Bréfritari: Margrét Eiríksdóttir
Viðtakandi: Jón Borgfirðings Jónsson
Dagsetning: A-1890-01-12
Skrifað á: Lækjamóti  V-Hún.

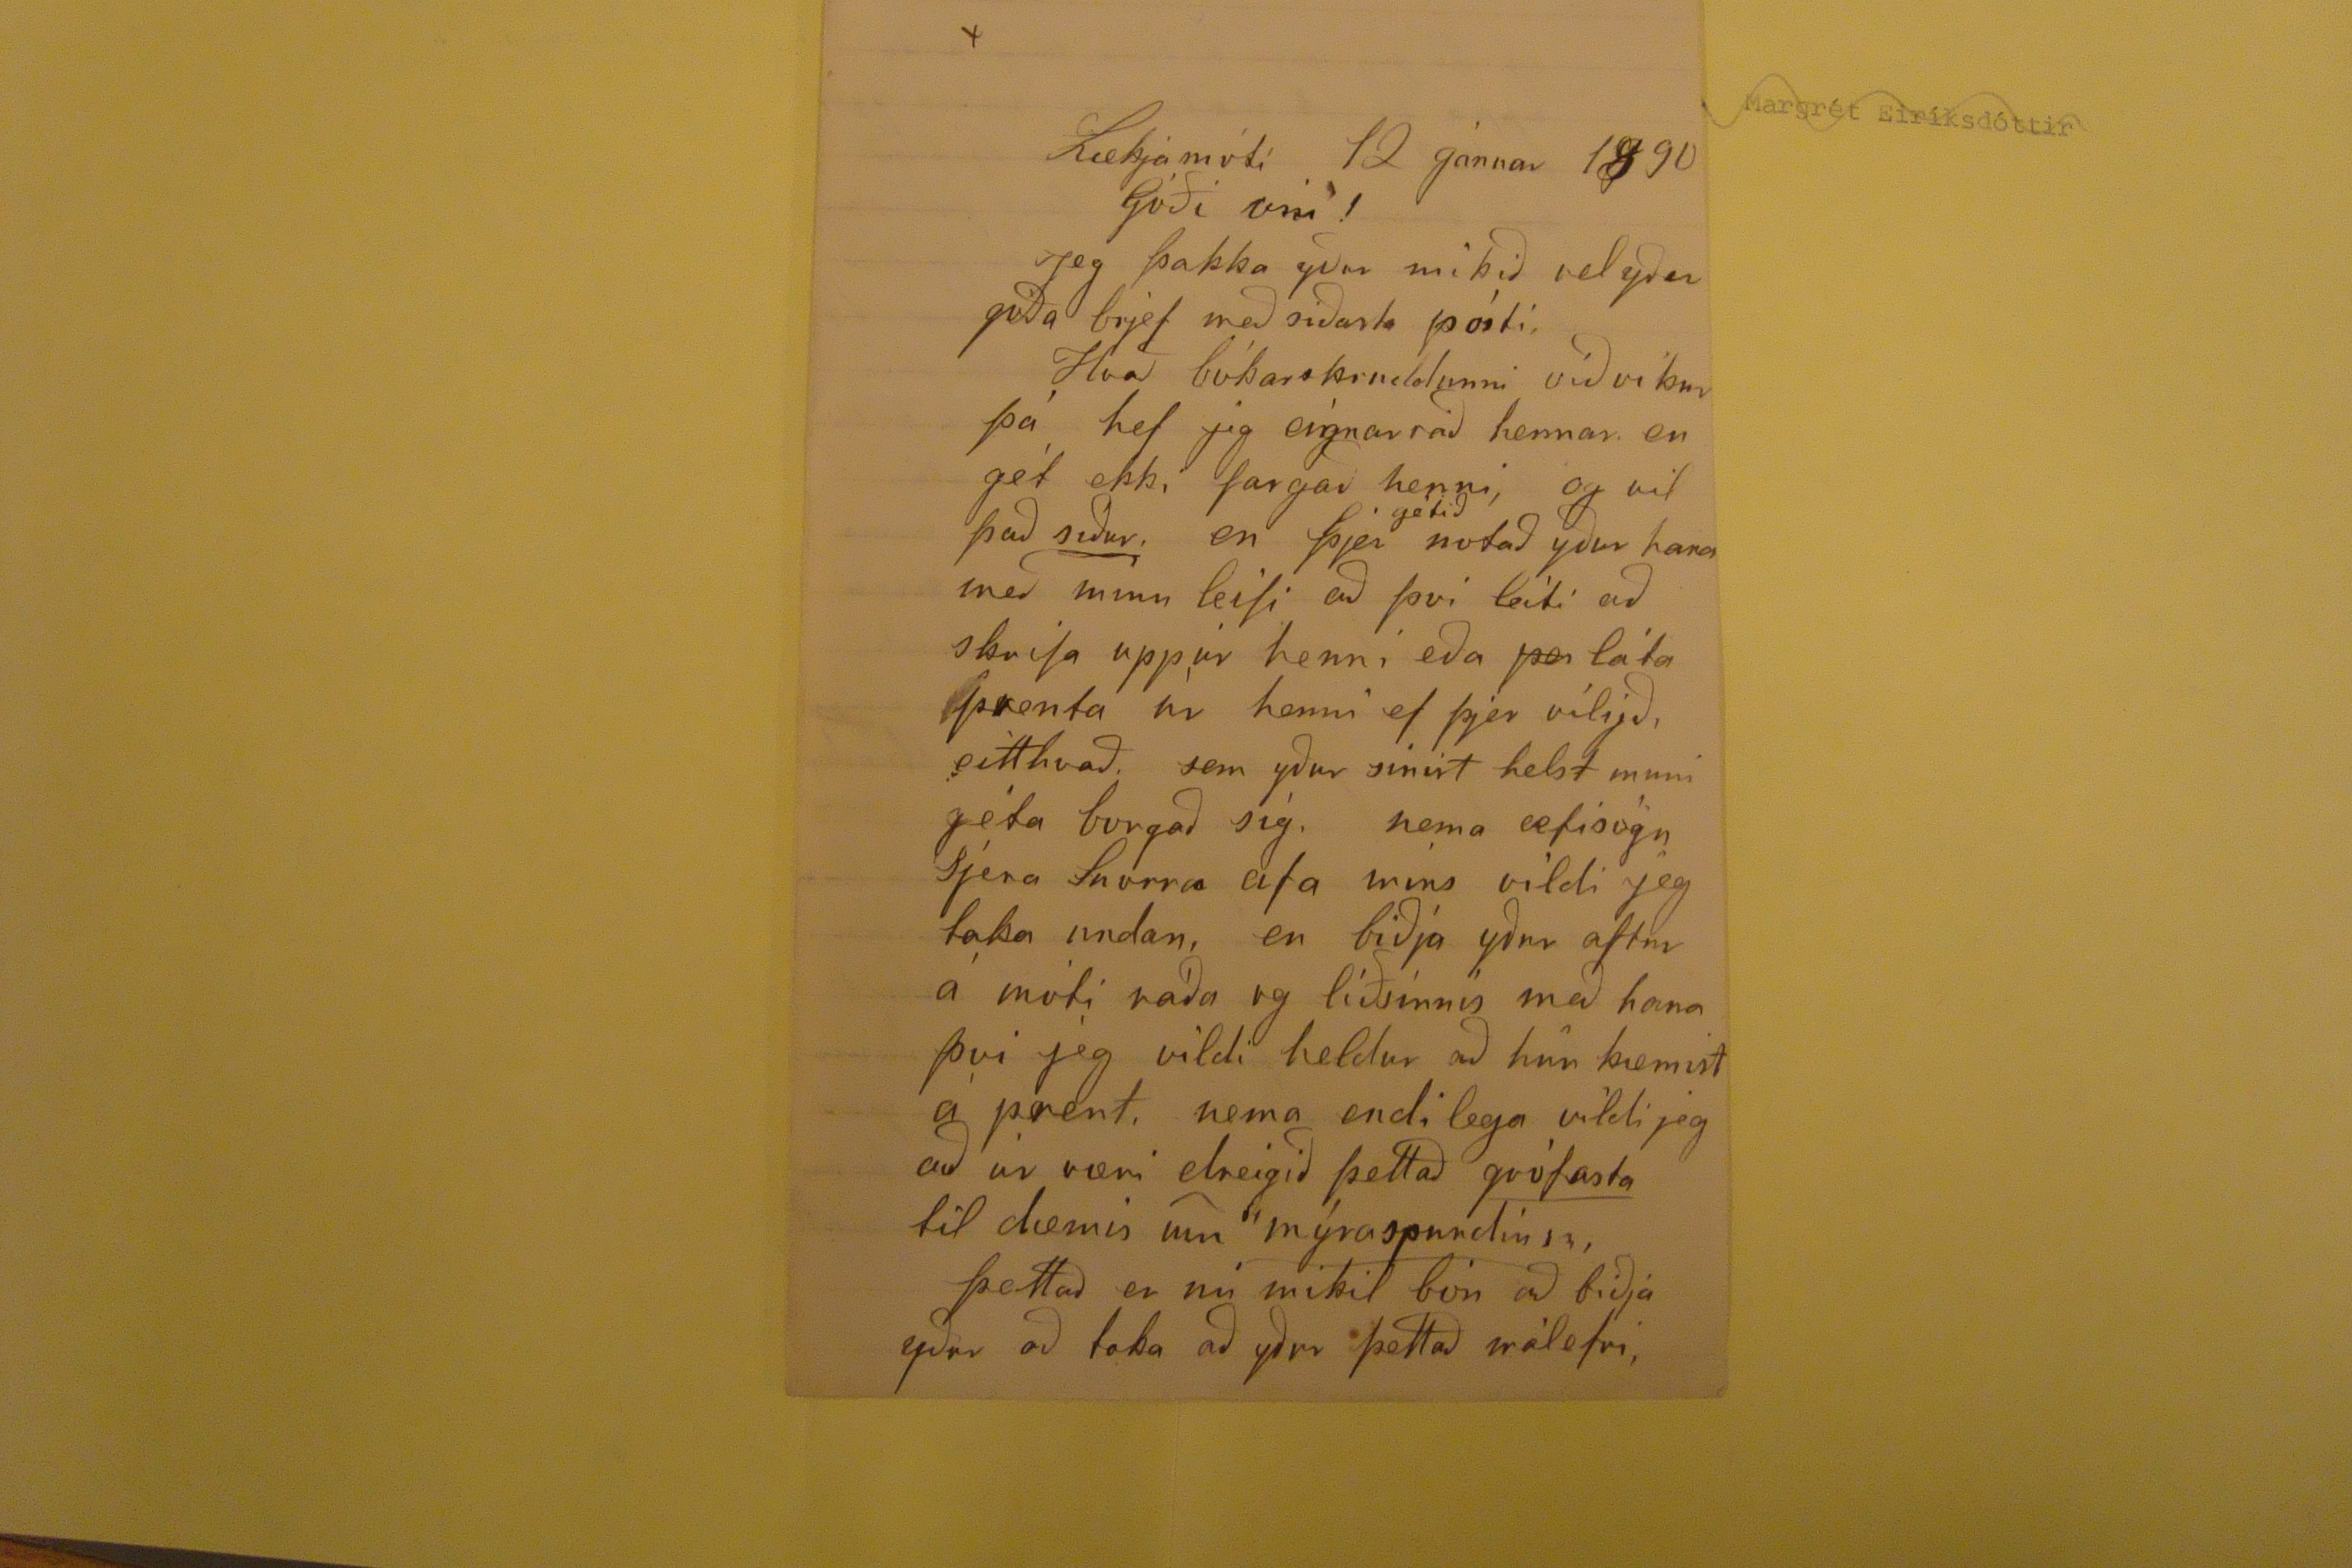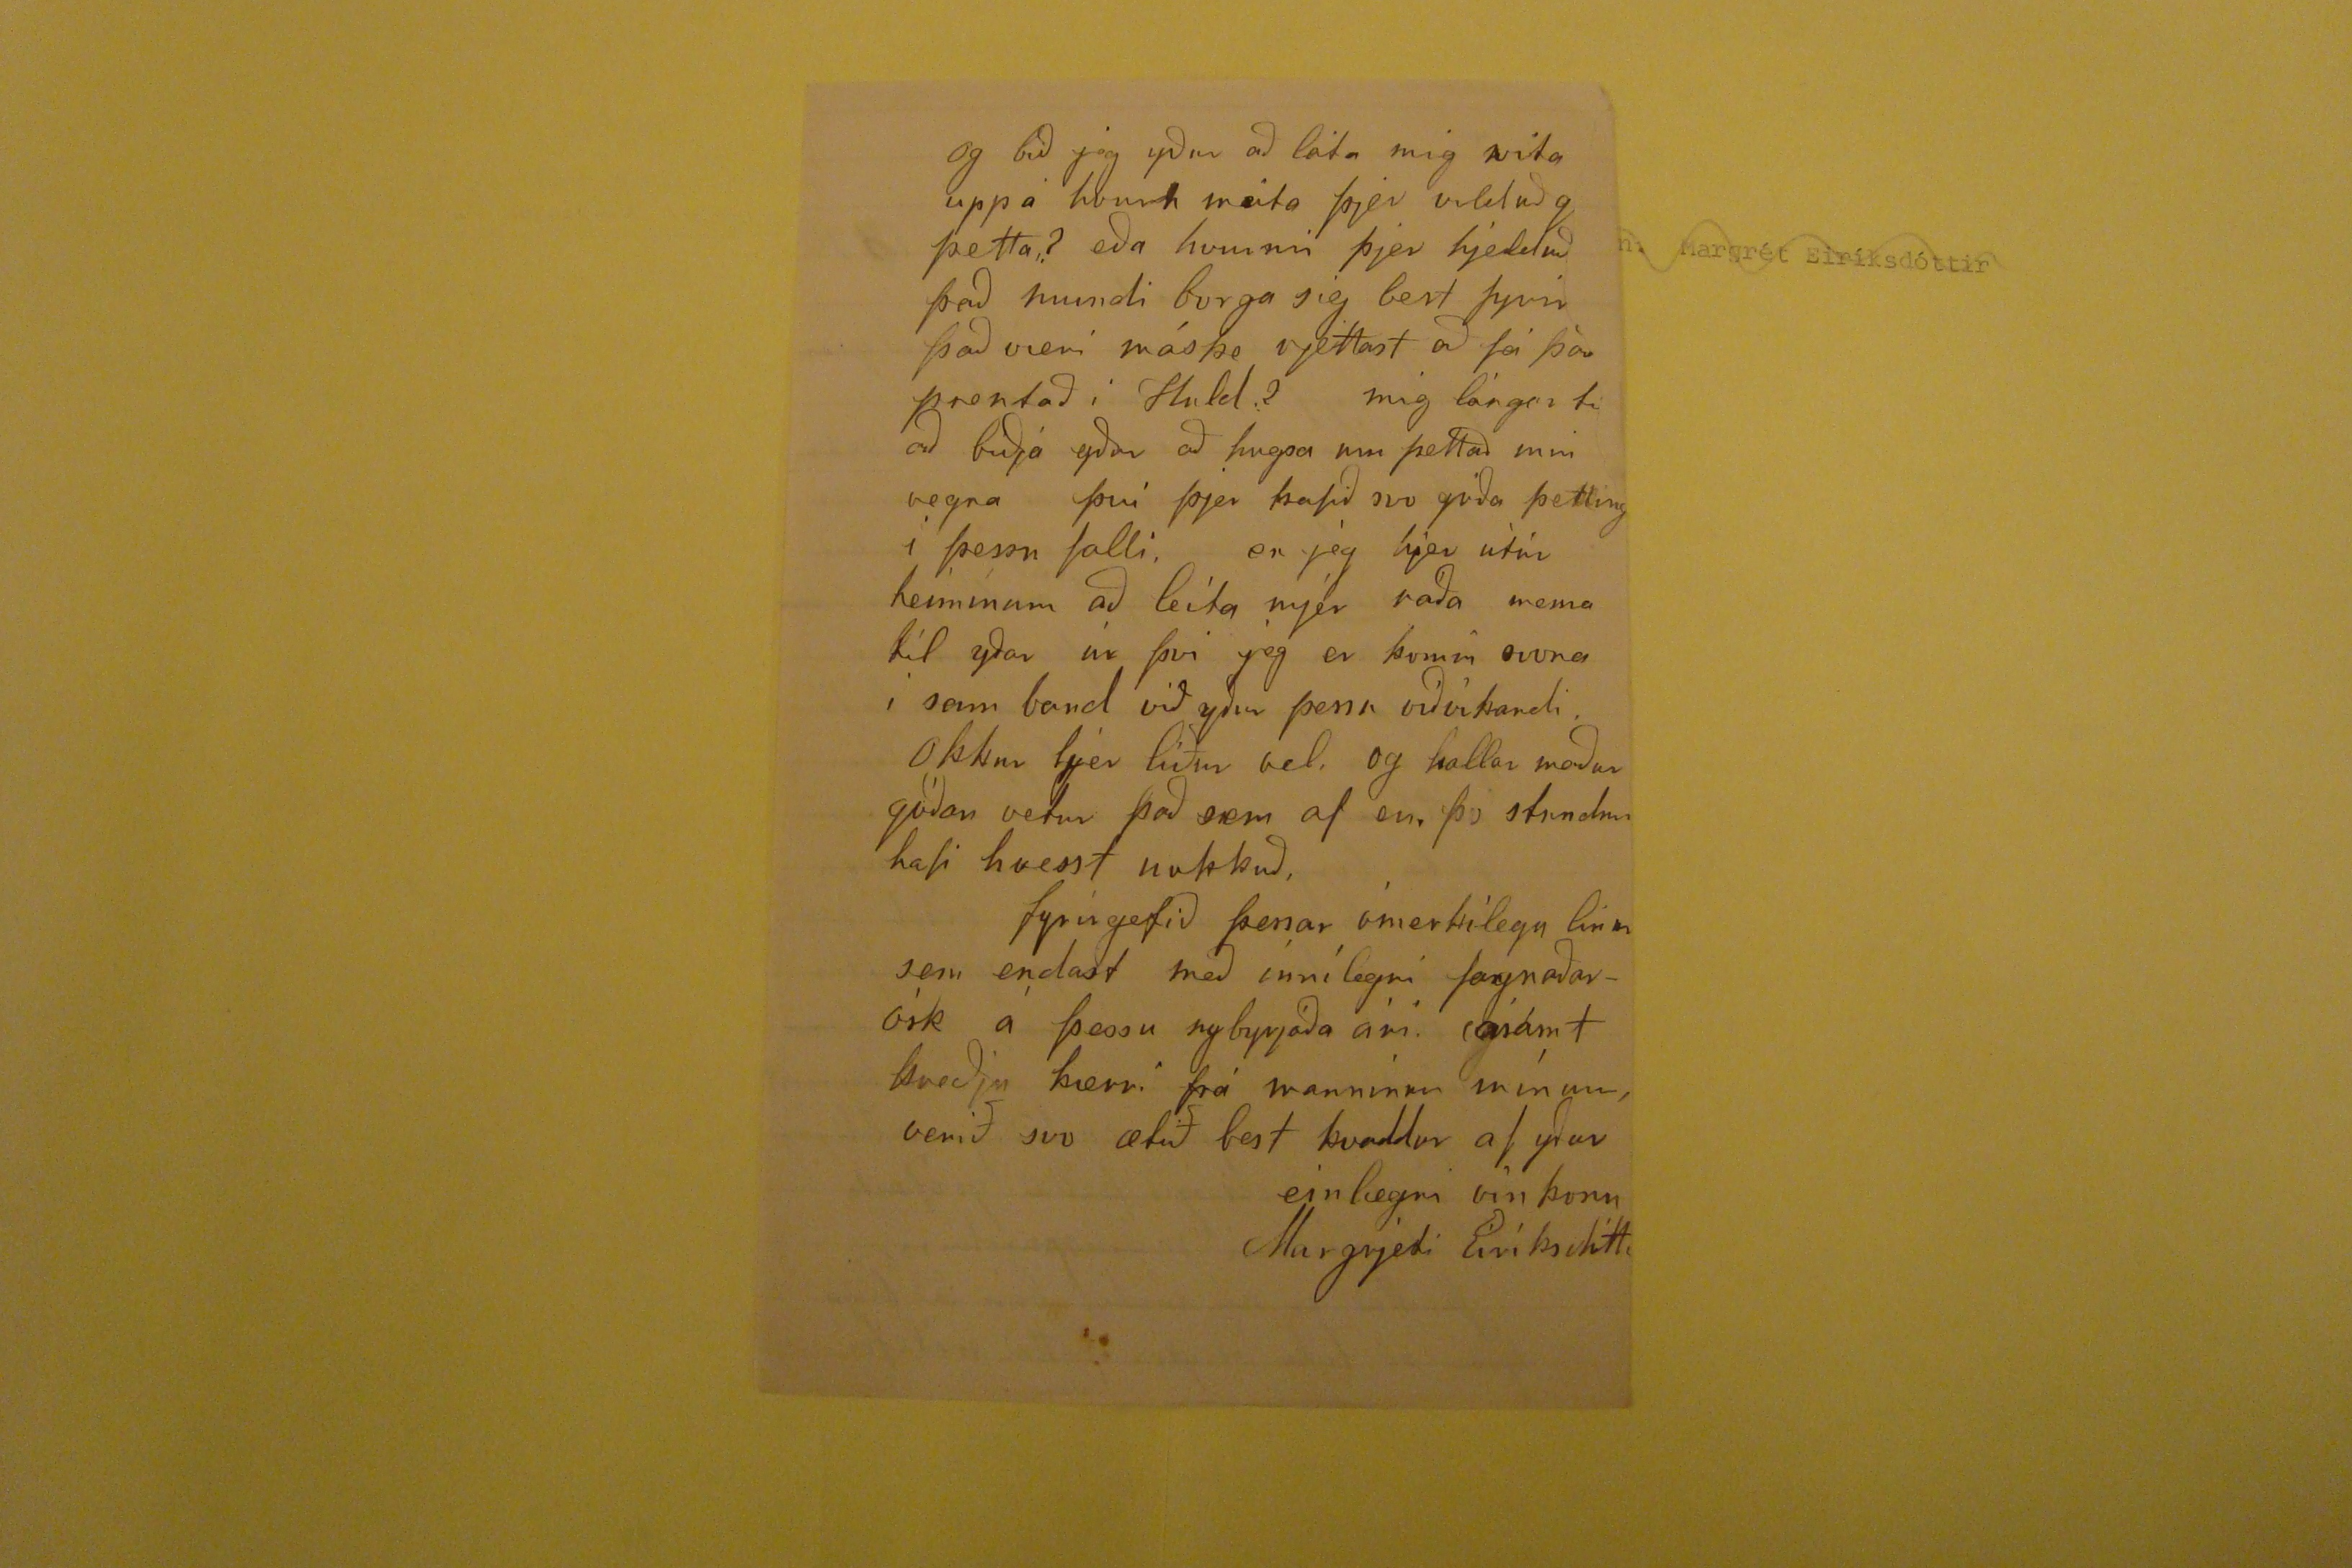

Lækjamóti 12 januar 1890
Góði vin!
Jeg þakka yður mikið vel yður góða brjef með siðasta pósti. Hvað bókar
skruddunni
viðvikur þá hef jeg eignar ráð hennar en gét ekki fargað henni, og vil það
siður
, en þjer
getið
notað yður
hana
með minu leifi að því leiti að skrifa uppúr henni eða
pa
láta prenta ur henni ef þjer viljið, eitthvað sem yður sinist helst muni géta borgað sig. nema æfisögn Sjera Snorra afa mins vildi jeg taka undan, en biðja yður aftur á móti ráða og liðsinnis með hana þvi jeg vildi heldur að hún kæmist á prent, nema endilega vildi jeg að úr væri dreigið þettað
grófasta
til dæmis um
mýraspurdin ??
, Þettað er nú mikil bón að biðja yður að taka að yður þettað málefni,
og bið jeg yður að láta mig vita uppá hvurn máta þjer vilduð
g
þetta? eða hvurnin þjer hjelduð það mundi borga sig best fyrir það væri máske rjettast að fá það prentað i Huld? mig lángar til að biðja yður að hugsa um þettað min vegna því þjer hafið svo góða
þetting
i þessu falli, en jeg hjer útúr heiminum að leita mjer ráða nema til yðar úr því jeg er komin svona i sam band við yður þessu viðvíkandi. Okkur hjer liður vel, og kallar maður góðan vetur það sem af er, þo stundum hafi hvesst nokkuð, fyrirgefið þessar ómerkilegu linur sem endast með ínnílegri fagnaðarósk á þessu nybyrjaða ári. ásamt kveðju kærri frá manninum mínum, verið svo ætið best kvaddur af yður
einlægri vinkonu
Margrjeti Eiríksdótti